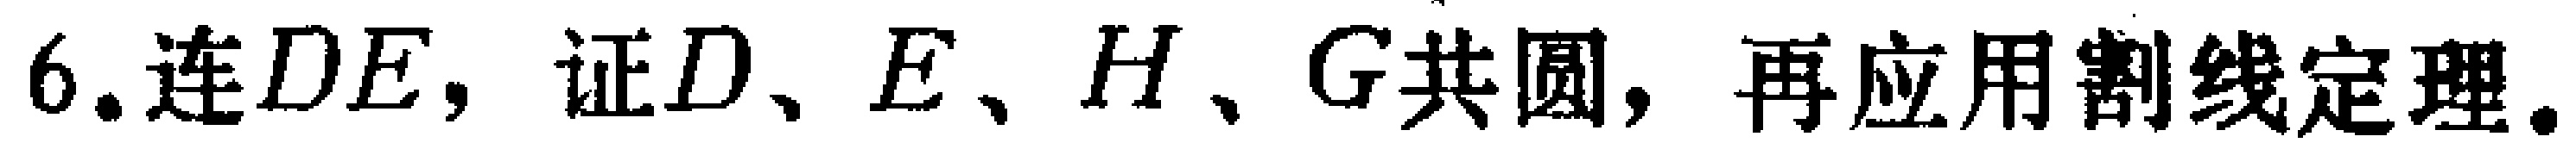
6. 连\(DE\)，证\(D、E、H、G\)共圆，再应用割线定理。